Black-water fever - Number 35
Disease focus: Fever
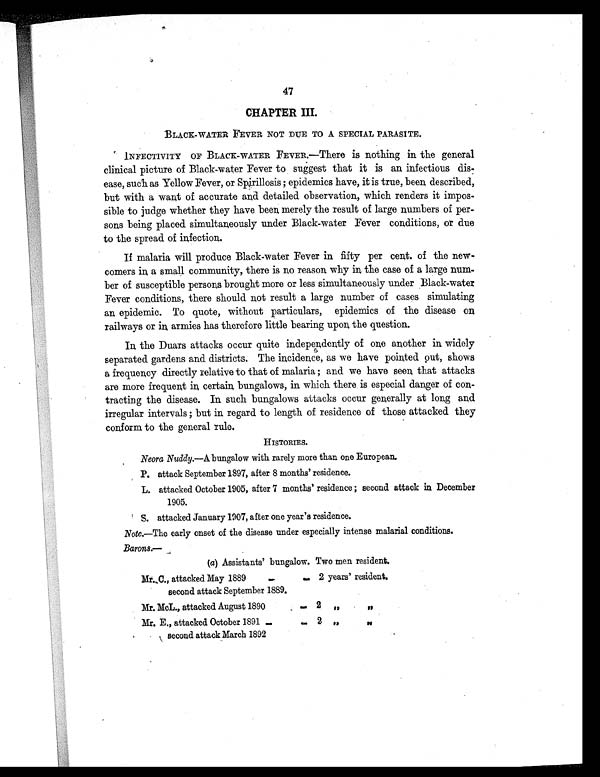
47
CHAPTER III.
BLACK-WATER FEVER NOT DUE TO A SPECIAL PARASITE.
INFECTIVITY OF BLACK-WATER FEVER.—There is nothing in the general
clinical picture of Black-water Fever to suggest that it is an infectious dis-
ease, such as Yellow Fever, or Sprillosis; epidemics have, it is true, been, described,
but with a want of accurate and detailed observation, which renders it impos-
sible to judge whether they have been, merely the result of large numbers of per-
sons being placed simultaneously under Black-water Fever conditions, or due
to the spread of infection.
If malaria will produce Black-water Fever in fifty per cent. of the new-
comers in, a small community, there is no reason why in, the case of a large num-
ber of susceptible persons brought more or less simultaneously under Black-water
Fever conditions, there should not result a large number of cases simulating
an epidemic. To quote, without particulars, epidemics of the disease on,
railways or in, armies has therefore little bearing upon, the question.
In, the Duars attacks occur quite independently of one another in widely
separated gardens and districts. The incidence, as we have pointed out, shows
a frequency directly relative to that of malaria; and we have seen, that attacks
are more frequent in, certain, bungalows, in which there is especial danger of con-
tracting the disease. In such bungalows attacks occur generally at long and
irregular intervals; but in regard to length of residence of those attacked they
conform to the general rule.
HISTORIES.
Neora Nuddy.—A bungalow with rarely more than one European.
P. attack September 1897, after 8 months' residence.
L. attacked October 1905, after 7 months' residence; second attack in December
1905.
S. attacked January 1907, after one year's residence.
Note.—The early onset of the disease under especially intense malarial conditions.
Barons.—
(a) Assistants' bungalow. Two men resident.
Mr. C., attacked May 1889
... second attack September 1889.
.. 2 years' resident.
Mr. McL., attacked August 1890
. . 2 ,,
, ,
Mr. E., attacked October 1891
... second attack March 1892
. . 2 , ,
, ,